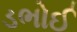
ડભોઈ